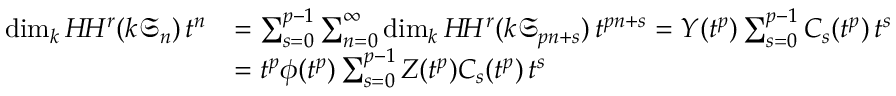
\begin{array} { r l } { \dim _ { k } H \! H ^ { r } ( k \mathfrak S _ { n } ) \, t ^ { n } } & { = \sum _ { s = 0 } ^ { p - 1 } \sum _ { n = 0 } ^ { \infty } \dim _ { k } H \! H ^ { r } ( k \mathfrak S _ { p n + s } ) \, t ^ { p n + s } = Y ( t ^ { p } ) \sum _ { s = 0 } ^ { p - 1 } C _ { s } ( t ^ { p } ) \, t ^ { s } } \\ & { = t ^ { p } \phi ( t ^ { p } ) \sum _ { s = 0 } ^ { p - 1 } Z ( t ^ { p } ) C _ { s } ( t ^ { p } ) \, t ^ { s } } \end{array}